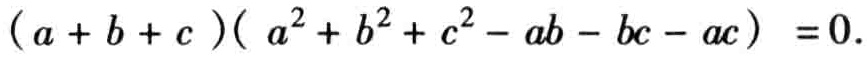
\((a + b + c )( a^{2} + b^{2} + c^{2} - ab - bc - ac) =0.\)